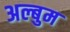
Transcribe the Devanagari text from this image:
अल्बुम